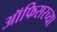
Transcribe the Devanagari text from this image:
ऑफिसरच्या